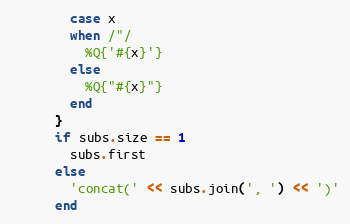
Language: Ruby
        case x
        when /"/
          %Q{'#{x}'}
        else
          %Q{"#{x}"}
        end
      }
      if subs.size == 1
        subs.first
      else
        'concat(' << subs.join(', ') << ')'
      end